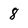
Character: 8